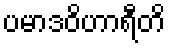
ပမာဒဝိဟာရီတိ